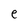
Character: e